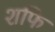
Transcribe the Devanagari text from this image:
शफि